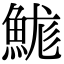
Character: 𩷙